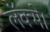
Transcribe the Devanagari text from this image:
लॅक्मे।